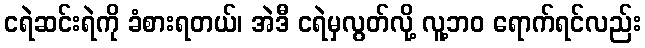
ငရဲဆင်းရဲကို ခံစားရတယ်၊ အဲဒီ ငရဲမှလွတ်လို့ လူ့ဘဝ ရောက်ရင်လည်း